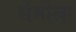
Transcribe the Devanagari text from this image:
सेमोला